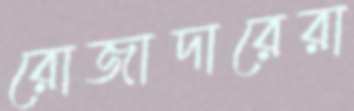
রোজাদারেরা